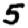
Digit: 5